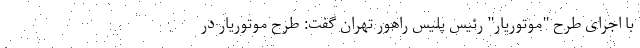
با اجرای طرح "موتوریار" رئیس پلیس راهور تهران گفت: طرح موتوریار در